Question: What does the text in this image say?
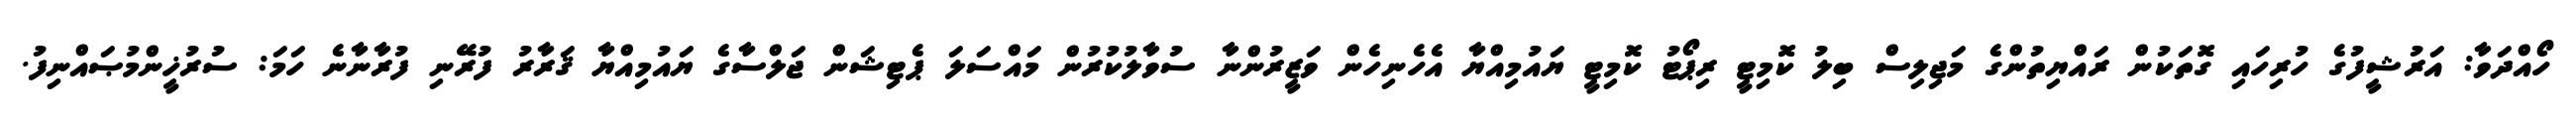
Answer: ހޯއްދަވާ: އަރުޝީފުގެ ހުރިހައި ގޮތަކުން ރައްޔިތުންގެ މަޖިލިސް ބިލު ކޮމިޓީ ރިޕޯޓު ކޮމިޓީ ޔައުމިއްޔާ އެހެނިހެން ވަޒީރުންނާ ސުވާލުކުރުން މައްސަލަ ޕެޓިޝަން ޖަލްސާގެ ޔައުމިއްޔާ ޤަރާރު ފުރޭނި ފުރާނާނެ ހަމަ: ސުރުޚީންމުޞައްނިފު.